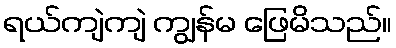
ရယ်ကျဲကျဲ ကျွန်မ ဖြေမိသည်။